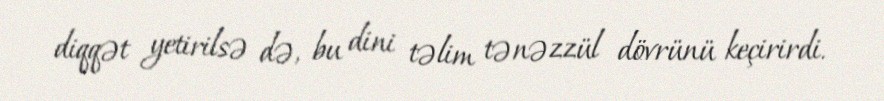
diqqət yetirilsə də, bu dini təlim tənəzzül dövrünü keçirirdi.